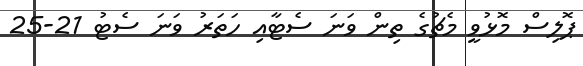
ޕޮލިސް މޮޅުވީ މެޗުގެ ތިން ވަނަ ސެޓާއި ހަތަރު ވަނަ ސެޓު 21-25